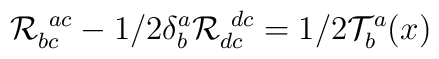
{\cal R}^{~ac}_{bc} -1/2 \delta^a_b  {\cal R}^{~dc}_{dc} = 1/2 {\cal T}^a_b (x)